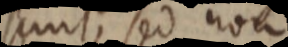
sunt, sed non